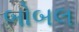
બોબલ